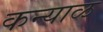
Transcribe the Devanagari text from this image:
कन्याळ